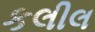
કલીલ